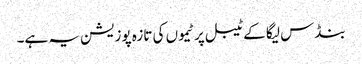
بنڈس لیگا کے ٹیبل پر ٹیموں کی تازہ پوزیشن یہ ہے۔